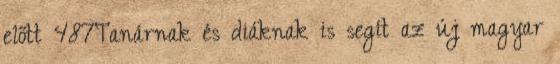
előtt 487Tanárnak és diáknak is segít az új magyar